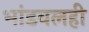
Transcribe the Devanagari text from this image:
भांडवलही